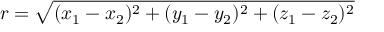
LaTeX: r = { \sqrt { ( x _ { 1 } - x _ { 2 } ) ^ { 2 } + ( y _ { 1 } - y _ { 2 } ) ^ { 2 } + ( z _ { 1 } - z _ { 2 } ) ^ { 2 } } }